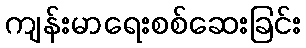
ကျန်းမာရေးစစ်ဆေးခြင်း